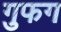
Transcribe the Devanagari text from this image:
गुफग